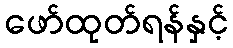
ဖော်ထုတ်ရန်နှင့်